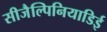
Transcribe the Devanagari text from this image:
सीजैल्पिनियाडिई